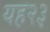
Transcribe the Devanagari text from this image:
यह२३